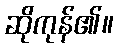
ဆိုကုန်၏။